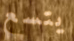
يتسع